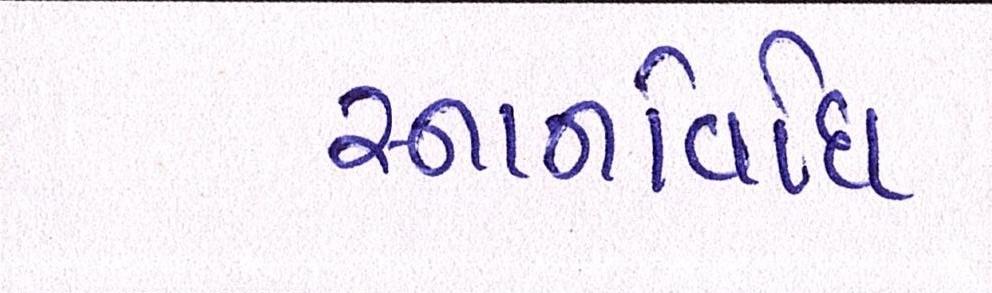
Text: સ્નાનવિધિ